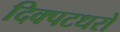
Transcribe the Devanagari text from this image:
दिक्पटधरो